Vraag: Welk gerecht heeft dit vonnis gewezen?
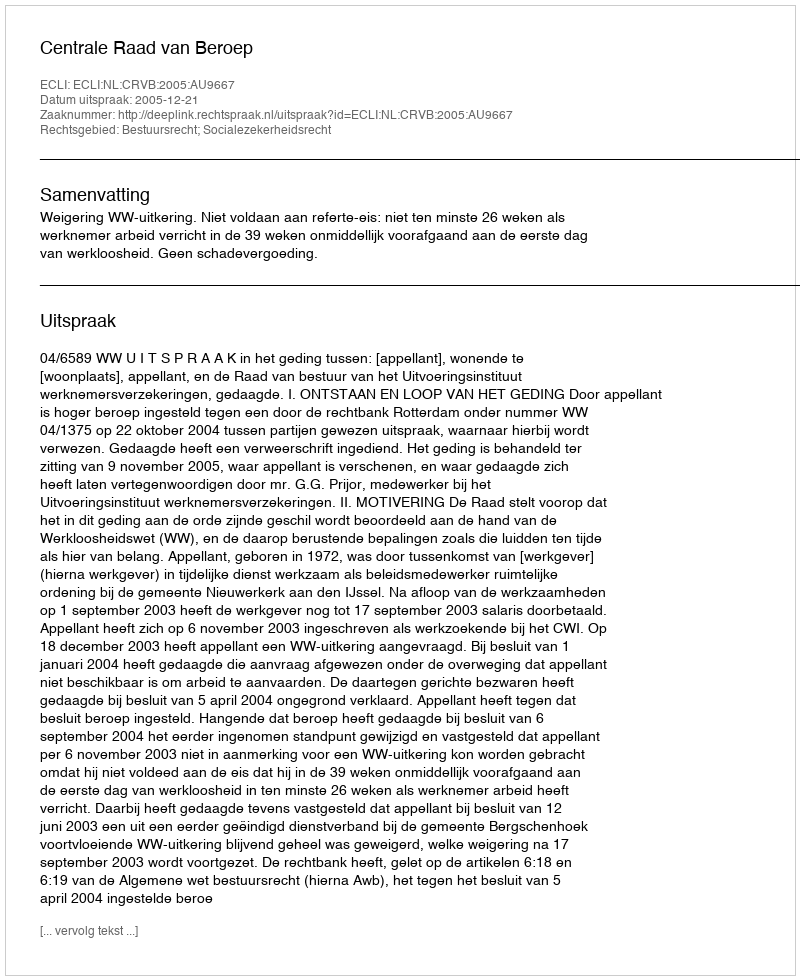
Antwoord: Centrale Raad van Beroep